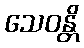
သေဝန္တိ